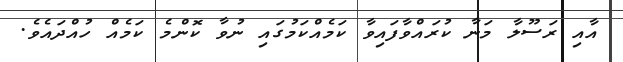
އާއި ރަސޫލާ މަނާ ކުރައްވާފައިވާ ކަމެއްކަމުގައި ނުވާ ކޮންމެ ކަމެއް ހުއްދައެވެ.